Indian journal of veterinary science and animal husbandry - Volume 6,
Year: 1936
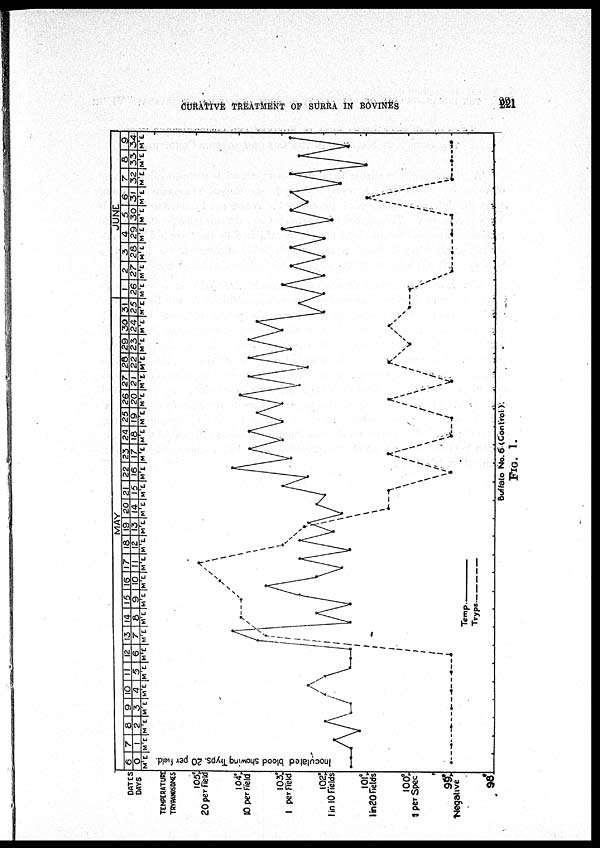
CURATIVE TREATMENT OF SURRA IN
BOVINES
221
FIG. 1.